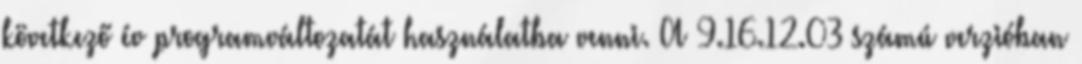
következő év programváltozatát használatba venni. A 9.16.12.03 számú verzióban